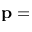
\mathbf { p } =